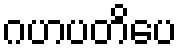
ဂဟပတိပေ